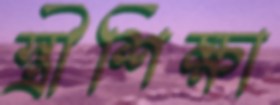
স্ত্রীশিক্ষা